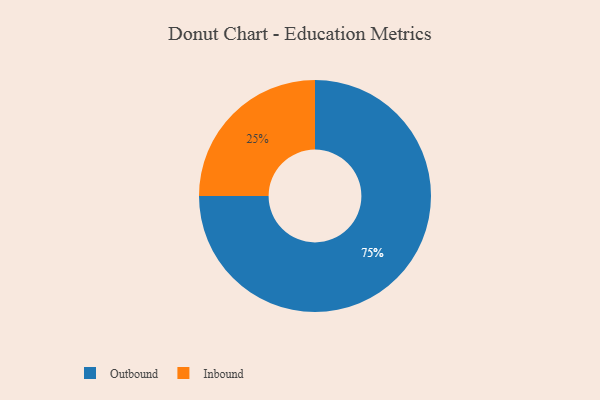
{"axis": {"x": "Category", "y": "Percentage"}, "legend": ["Inbound", "Outbound"], "data": [{"x": "Outbound", "y": 75, "type": "Outbound"}, {"x": "Inbound", "y": 25, "type": "Inbound"}]}